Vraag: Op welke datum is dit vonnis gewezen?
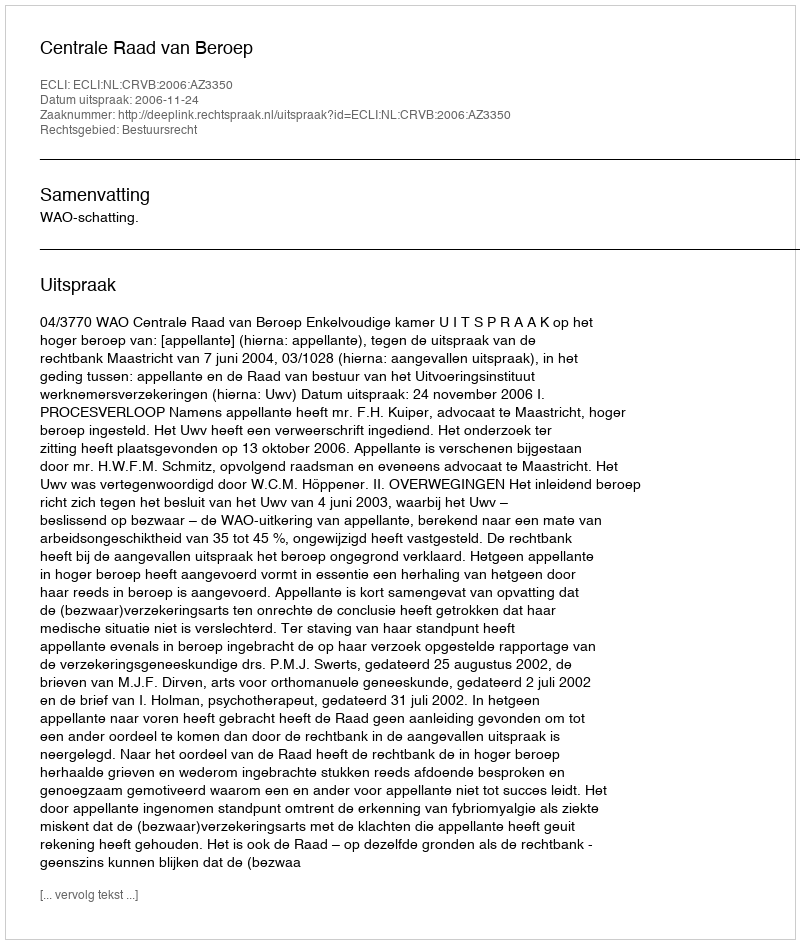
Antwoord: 2006-11-24